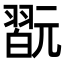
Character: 翫